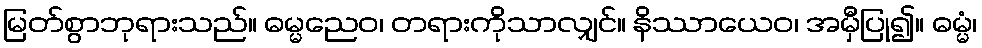
မြတ်စွာဘုရားသည်။ ဓမ္မညေဝ၊ တရားကိုသာလျှင်။ နိဿာယေဝ၊ အမှီပြု၍။ ဓမ္မံ၊